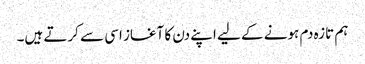
ہم تازہ دم ہونے کے لیے اپنے دن کا آغاز اسی سے کرتے ہیں۔